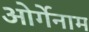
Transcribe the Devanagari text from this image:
ओर्गेनाम